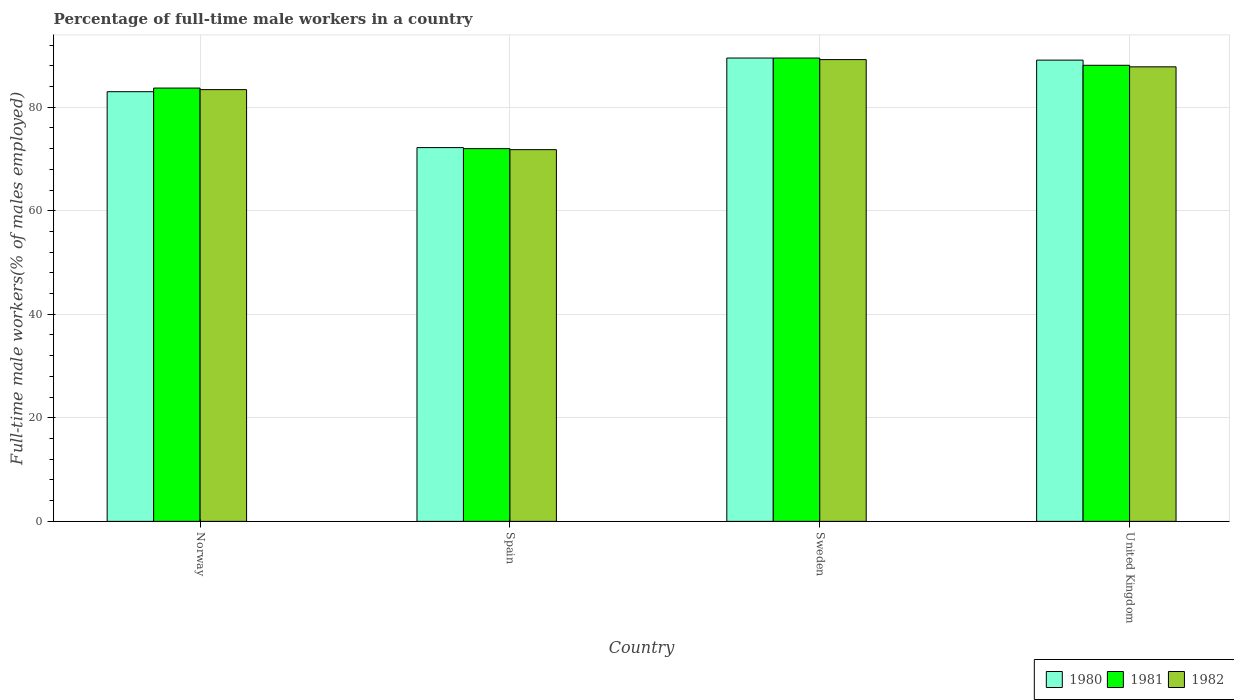
| Country | 1980 | 1981 | 1982 |
 | --- | --- | --- | --- |
 | Norway | 83 | 83.7 | 83.4 |
 | Spain | 72.2 | 72 | 71.8 |
 | Sweden | 89.5 | 89.5 | 89.2 |
 | United Kingdom | 89.1 | 88.1 | 87.8 |